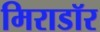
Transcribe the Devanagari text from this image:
मिराडॉर